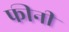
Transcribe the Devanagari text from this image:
फीनी